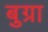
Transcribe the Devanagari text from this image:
बुग्रा